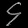
Digit: ၄